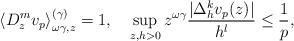
LaTeX: \begin{align*}\left\langle D_{z}^{m}v_{p}\right\rangle _{\omega\gamma,z}^{(\gamma)}=1,\quad\sup_{z,h>0}z^{\omega\gamma}\frac{|\Delta_{h}^{k}v_{p}(z)|}{h^{l}}\leq\frac{1}{p}, \end{align*}